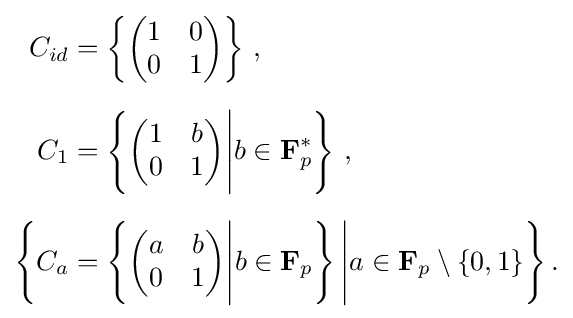
{\begin{aligned}C_{id}&=\left\{{\begin{pmatrix}1&0\\0&1\end{pmatrix}}\right\}\,,\\[6pt]C_{1}&=\left\{{\begin{pmatrix}1&b\\0&1\end{pmatrix}}{\Bigg |}b\in \mathbf {F} _{p}^{*}\right\}\,,\\[6pt]{\Bigg \{}C_{a}&=\left\{{\begin{pmatrix}a&b\\0&1\end{pmatrix}}{\Bigg |}b\in \mathbf {F} _{p}\right\}{\Bigg |}a\in \mathbf {F} _{p}\setminus \{0,1\}{\Bigg \}}\,.\end{aligned}}